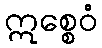
ဣစ္စေဝံ